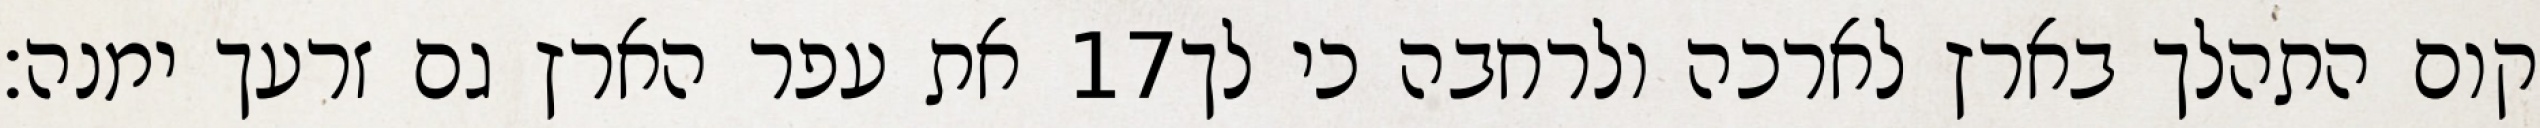
את עפר הארץ גם זרעך ימנה׃ ‎17‏ קום התהלך בארץ לארכה ולרחבה כי לך